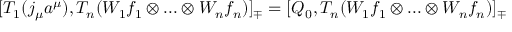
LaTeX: [ T _ { 1 } ( j _ { \mu } a ^ { \mu } ) , T _ { n } ( W _ { 1 } f _ { 1 } \otimes . . . \otimes W _ { n } f _ { n } ) ] _ { \mp } = [ Q _ { 0 } , T _ { n } ( W _ { 1 } f _ { 1 } \otimes . . . \otimes W _ { n } f _ { n } ) ] _ { \mp }